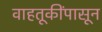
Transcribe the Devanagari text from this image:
वाहतूकींपासून